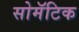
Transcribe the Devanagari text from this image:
सोमॅटिक